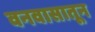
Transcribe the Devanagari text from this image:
वनवासातून